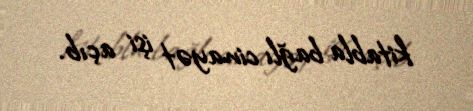
kitabla bağlı cinayət işi açıb.